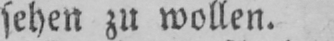
sehen zu wollen.